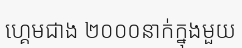
ហ្គេមជាង ២០០០នាក់ក្នុងមួយ